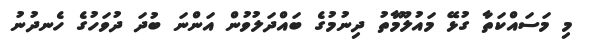
މި މަސައްކަތާ ގުޅޭ މައުލޫމާތު ދިނުމުގެ ބައްދަލުވުން އަންނަ ބުދަ ދުވަހުގެ ހެނދުނު